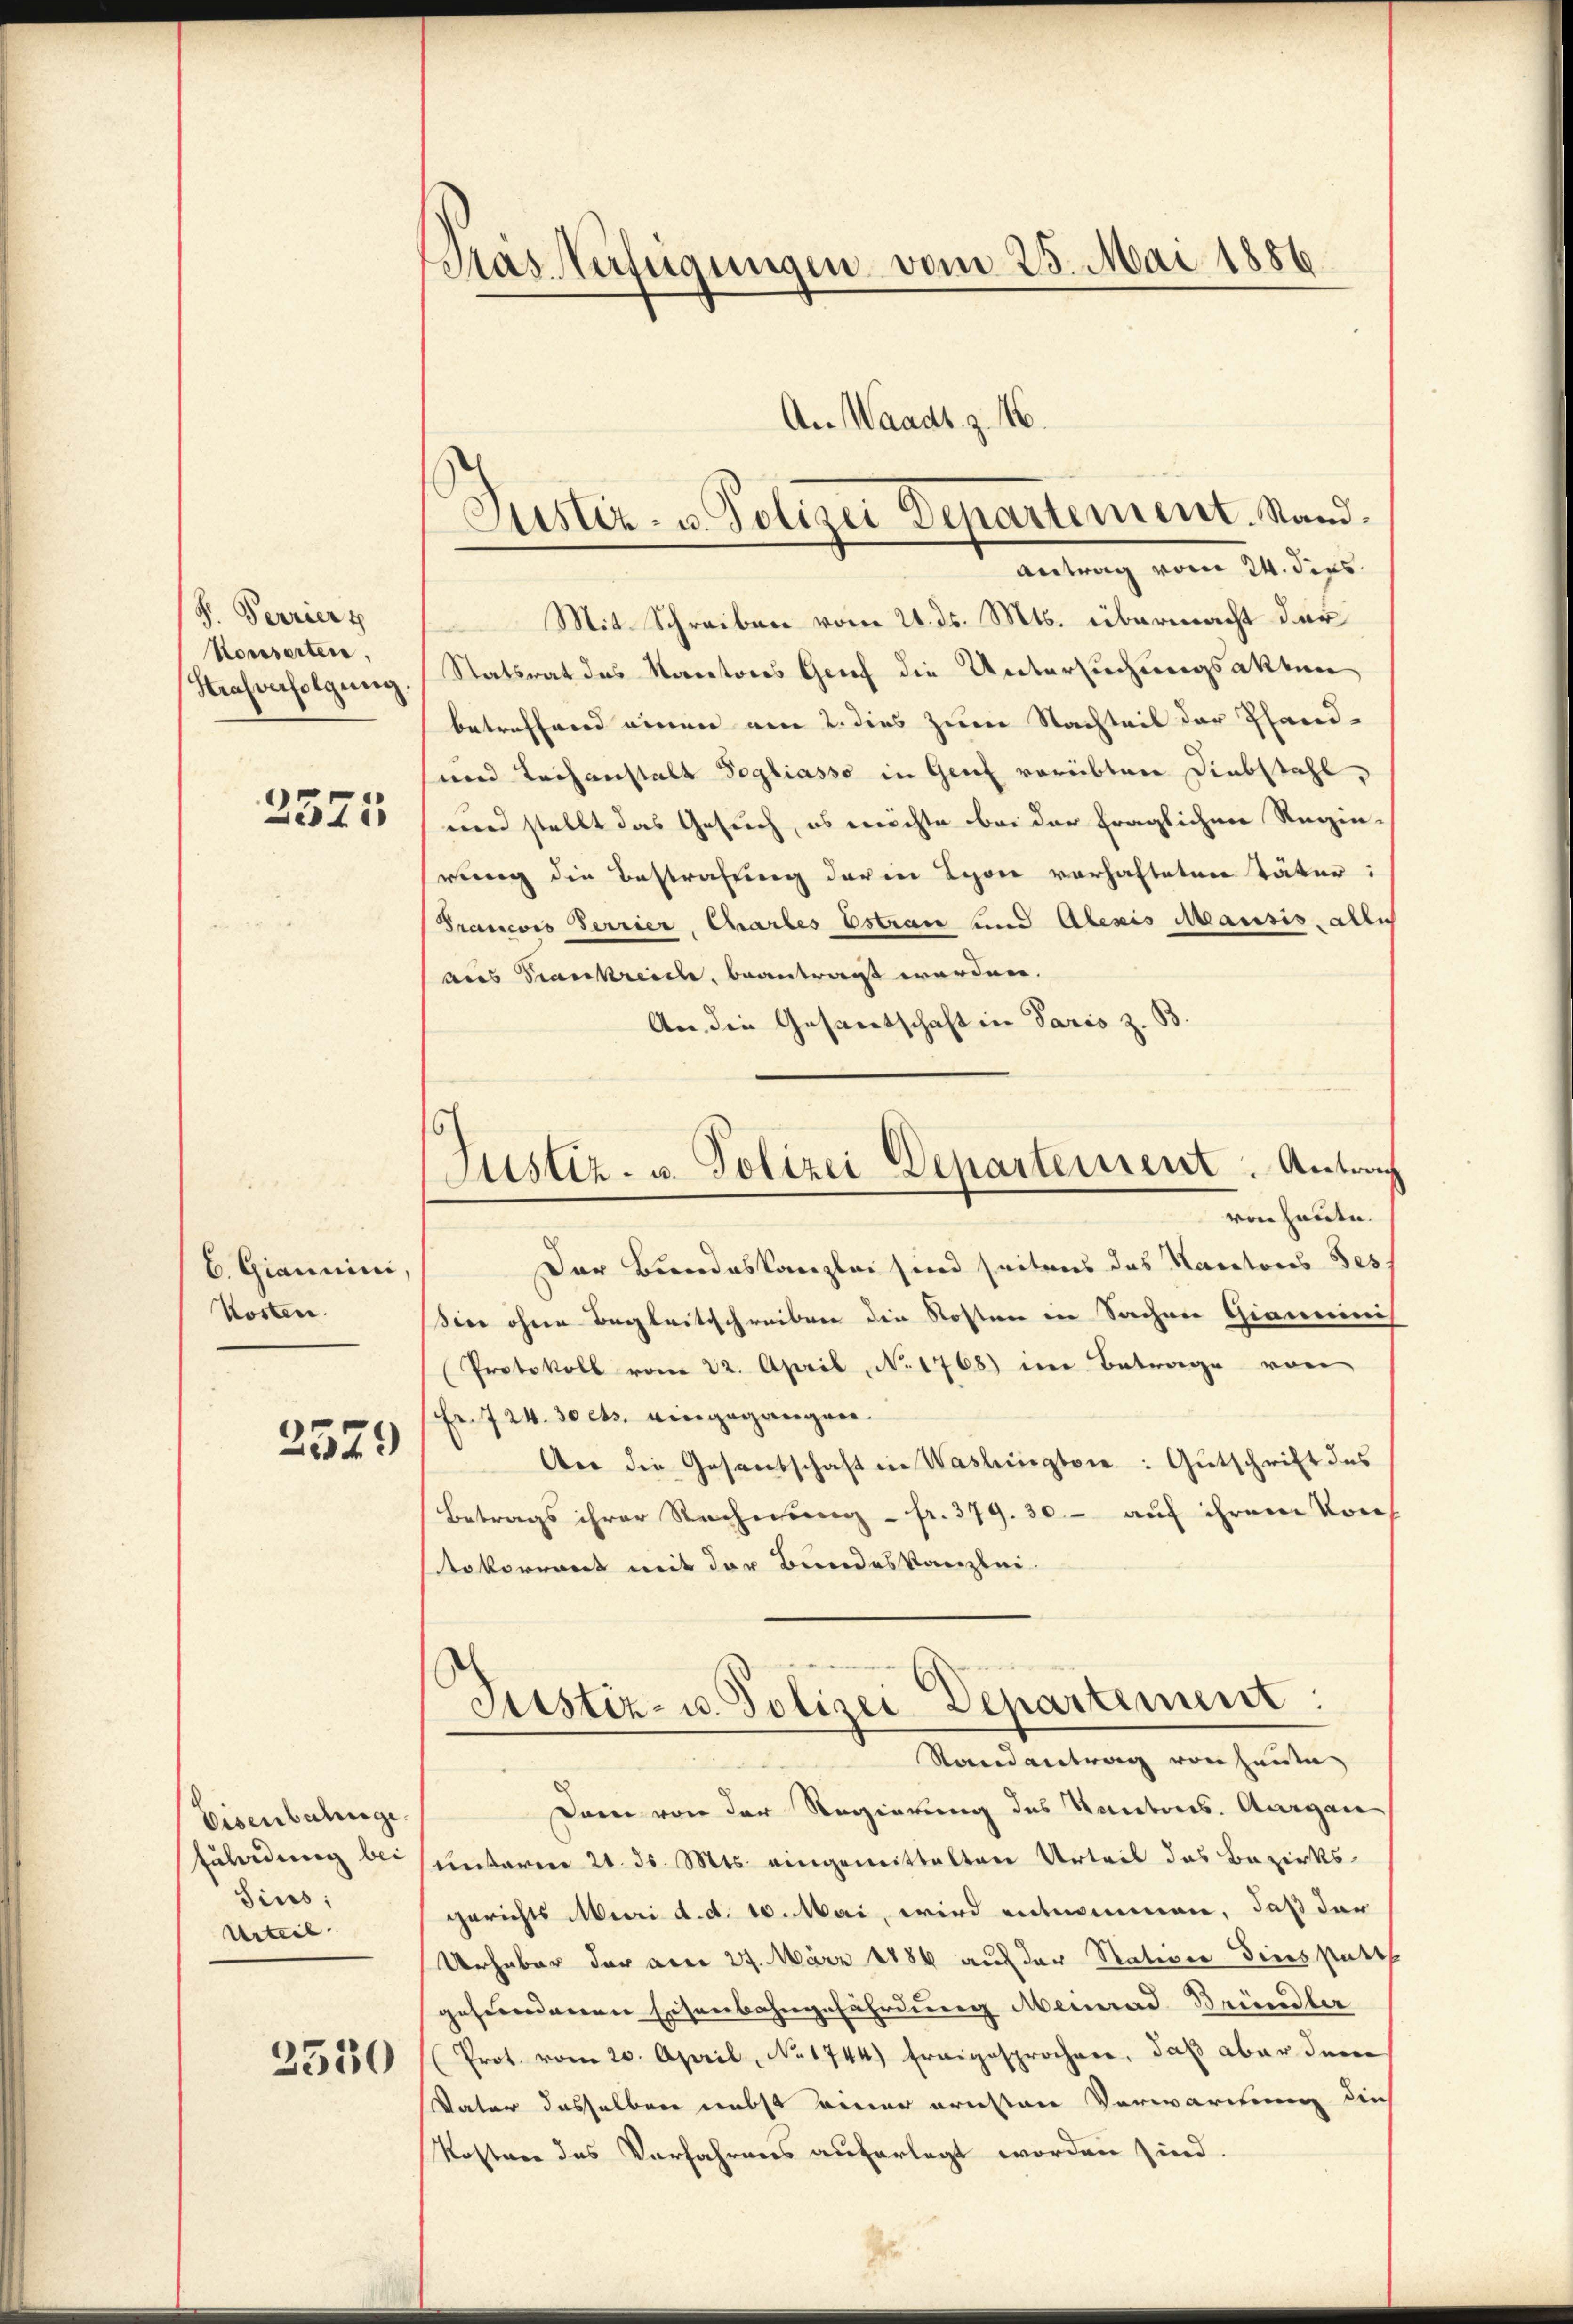
S. Perriert
Konserten,
Heasverfolgung.

2375

b. Giannini,
Kosten.
2579

Eisenbahnge
Euleidung bei
Sins;
Urteil

2550

Mas Verfügungen vom 25. Mai 1886.

An Waadt z. 16.
Justiz- u. Polizei Departement. Stand.
Antrag vom 24. dies
Mit Schreiben vom 21. ds. Mts. übermacht der
Statsrat des Kantons Grief die Untersuchungsakten
betreffend einen von 2. dies zur Nachteil der Pfand-
und Lechanstalt Pogliasso in Genf vorübten Diebstahl,
und stellt das Gesuch, es möchte bei der fraglichen Regin-
rung die Bestrafung darin Lyon vorhafteten Täter:
Trancois errier, Chartes Estran und Alexis Mausis alles
aus Trankreiche, beantragt worden.
An die Gesantschaft in Paris z. B.
6
Justiz- u. Polizei Departement. Antrag
von heute.
Der Bundeskanzlei sind seitens das Naratores Tess
siee ohne Begleitsschreiben die Kosten in Sachen Giannisch
Protokoll vom 22. April No 1768) in Betrage von
Fr. 724. 30 cts. eingegangen.
Aer die Gesandschaft in Washingten: Gutschrift des
Betrags ihrer Rechnung - fr. 379. 30- auf ihrem Vors
okorrent mit der Bundeskanzlei

Justiz- u. Polizei-Departement:
Randantrag von heute

Dann von der Regierung des Kantons. Aargau
unterm 20. ds. Mts. eingemittalten Urteil das Bezirks-
gerichts Mai d. d. 10. Mai, wird entnommen, daß der
Urheber der aber 27. März 1886 auf der Nativer dies statth
gefundenen Eisenbahngefährdung Meinrad Bründler
(Prot. vom 20. April, No 1744) Ereigesprochen, daß aber dem
Vater dasselben nebst einer ernsten Verwartung dies
Kosten des Verfahrens auferlegt worden sind.